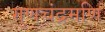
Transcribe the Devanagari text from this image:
गुणचंद्रमणि